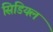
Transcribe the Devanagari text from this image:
सिडियल